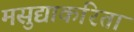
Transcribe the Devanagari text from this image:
मसुद्याकरिता